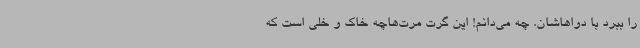
را ببرد با دواهاشان. چه می‌دانم! این گرت مرت‌هاچه خاک و خلی است که